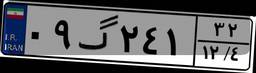
۰۹گ۲۴۱۳۲